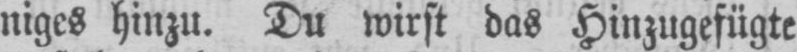
niges hinzu. Du wirst das Hinzugefügte